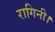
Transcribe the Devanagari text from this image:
रागिनी।